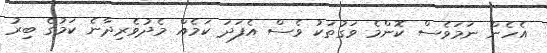
އެހެން ނަމަވެސް ކޮންމެ ވަގުތަކު ވެސް އެފަދަ ކަމެއް މެދުވެރިދާނެ ކަމުގެ ބިރު